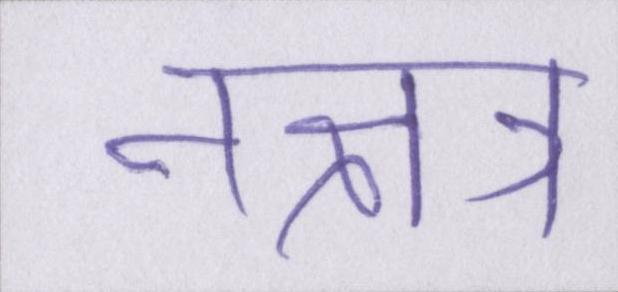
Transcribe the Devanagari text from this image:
नक्षत्र